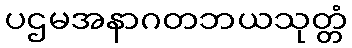
ပဌမအနာဂတဘယသုတ္တံ